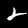
Label: 2